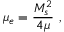
\mu _ { e } = \frac { M _ { s } ^ { 2 } } { 4 \mu } \ ,